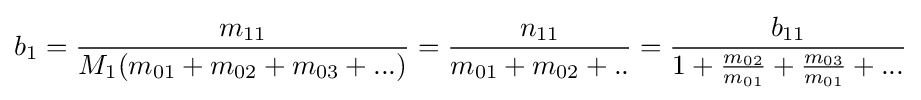
b_{1}={\frac {m_{11}}{M_{1}(m_{01}+m_{02}+m_{03}+...)}}={\frac {n_{11}}{m_{01}+m_{02}+..}}={\frac {b_{11}}{1+{\frac {m_{02}}{m_{01}}}+{\frac {m_{03}}{m_{01}}}+...}}